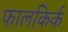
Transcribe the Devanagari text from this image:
फालकिर्क